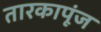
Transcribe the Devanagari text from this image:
तारकापूंज